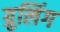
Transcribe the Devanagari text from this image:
ग्रुलिंग